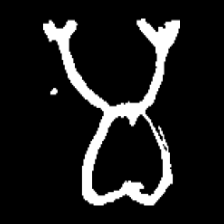
Pyu character \u2014 Myanmar letter: မ (romanized: ma)